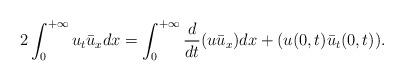
LaTeX: \begin{align*}2\int_0^{+\infty}u_t\bar{u}_xdx= \int_0^{+\infty}\frac{d}{dt}(u\bar{u}_x)dx + (u(0,t)\bar{u}_t(0,t)).\end{align*}